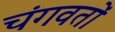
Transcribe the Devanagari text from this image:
चंगवतों